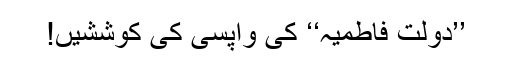
’’دولتِ فاطمیہ‘‘ کی واپسی کی کوششیں!